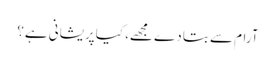
آرام سے بتا دے مجھے، کیا پریشانی ہے؟